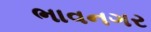
ભાવનગર